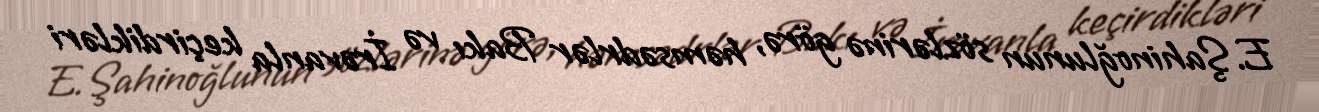
E.Şahinoğlunun sözlərinə görə, həmsədrlər Bakı və İrəvanla keçirdikləri